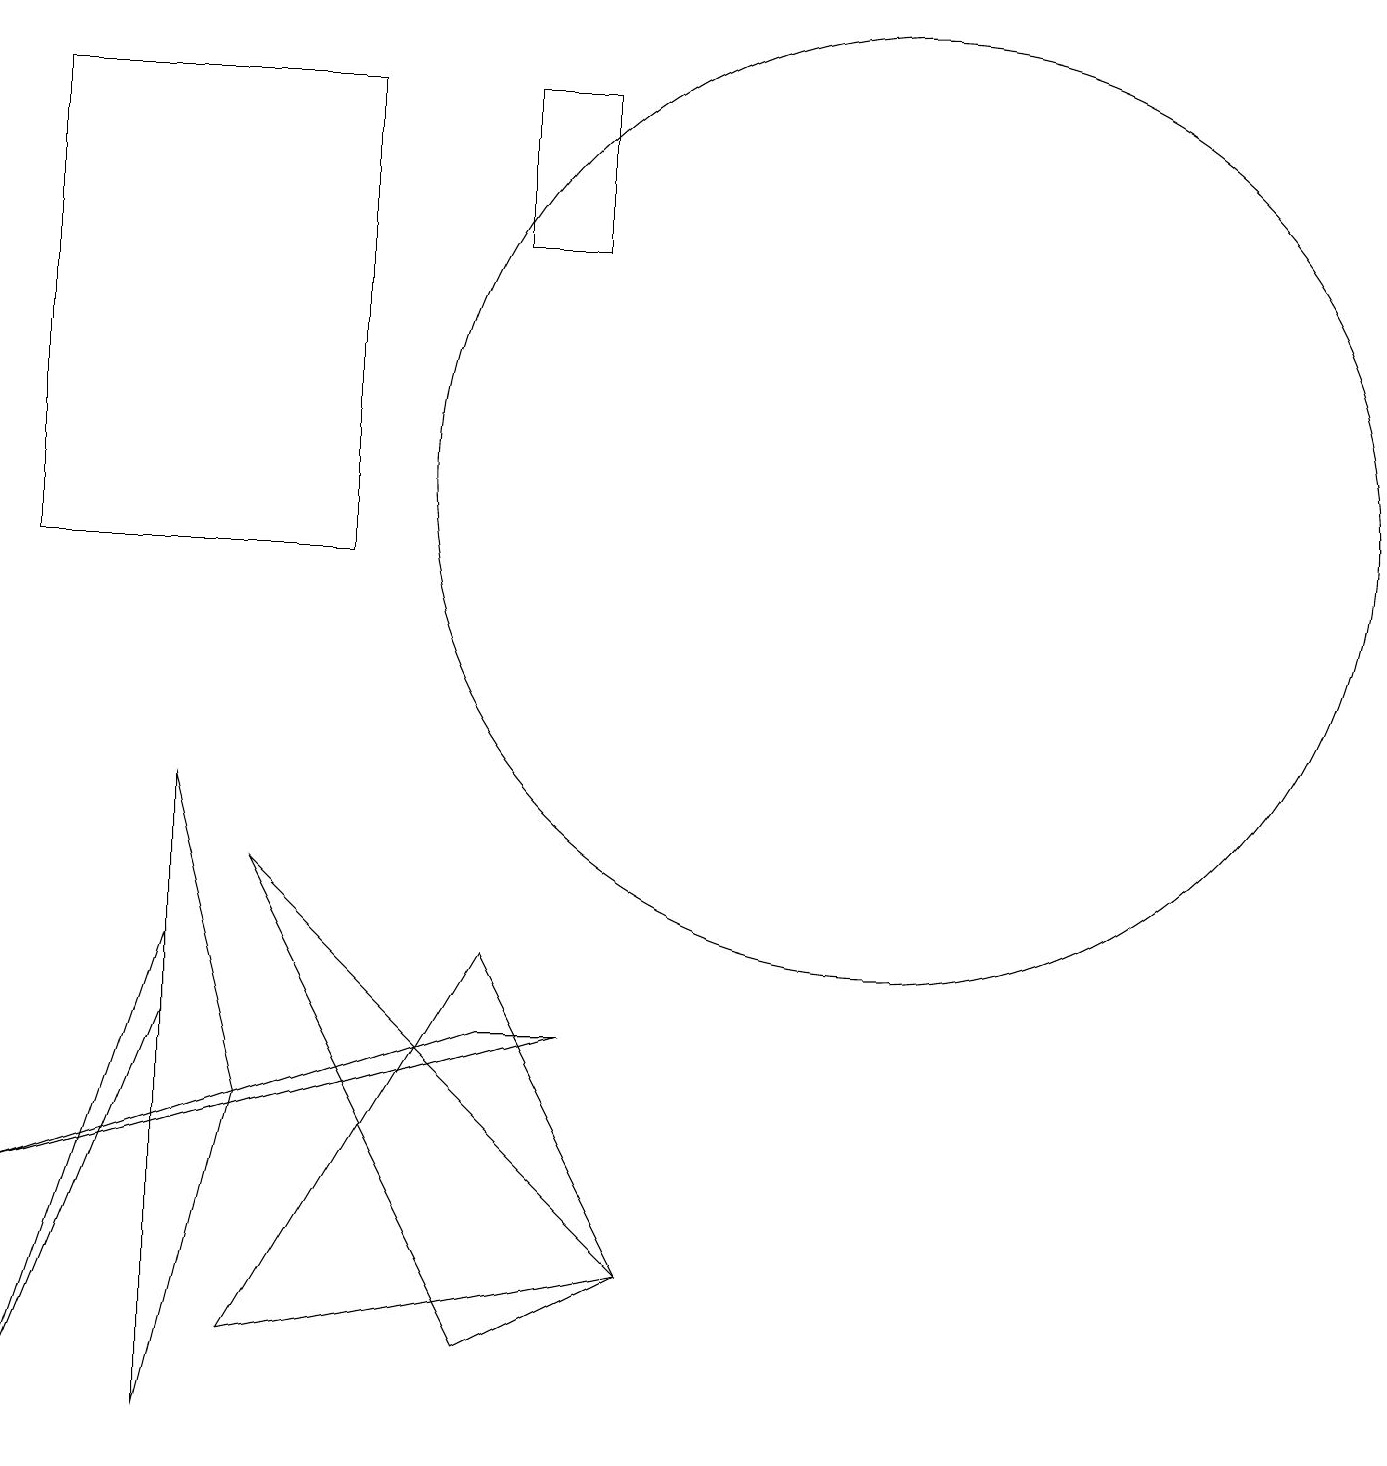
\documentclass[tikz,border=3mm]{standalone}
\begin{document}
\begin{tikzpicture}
\draw (2,5) -- (2,6) -- (0,0) -- cycle;
\draw (6,17) rectangle (7,15);
\draw (2,0) -- (3,4) -- (2,8) -- cycle;
\draw (6,1) -- (3,7) -- (8,2) -- cycle;
\draw (4,17) rectangle (0,11);
\draw (11,12) circle (6);
\draw (8,2) -- (6,6) -- (3,1) -- cycle;
\draw (7,5) -- (6,5) -- (0,3) -- cycle;
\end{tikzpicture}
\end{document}